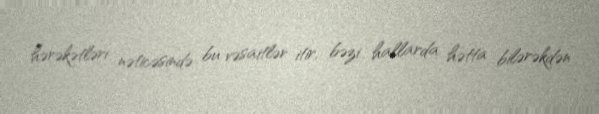
hərəkətləri nəticəsində bu vəsaitlər itir, bəzi hallarda hətta bilərəkdən